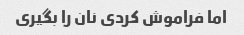
اما فراموش کردی نان را بگیری